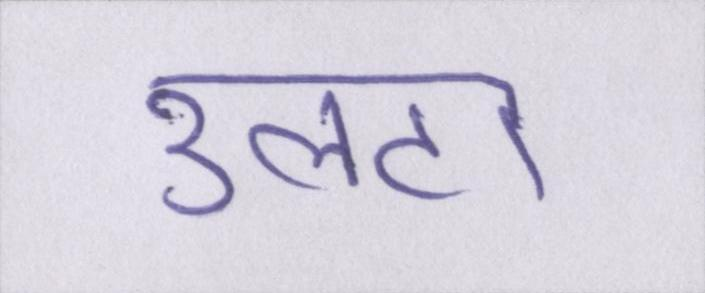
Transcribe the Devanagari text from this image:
उलटा